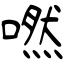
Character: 嘫